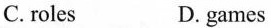
C.roles D.games